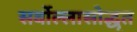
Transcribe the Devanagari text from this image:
सर्वोल्लासोद्धृत